Indian journal of veterinary science and animal husbandry - Volume 14,
Year: 1944
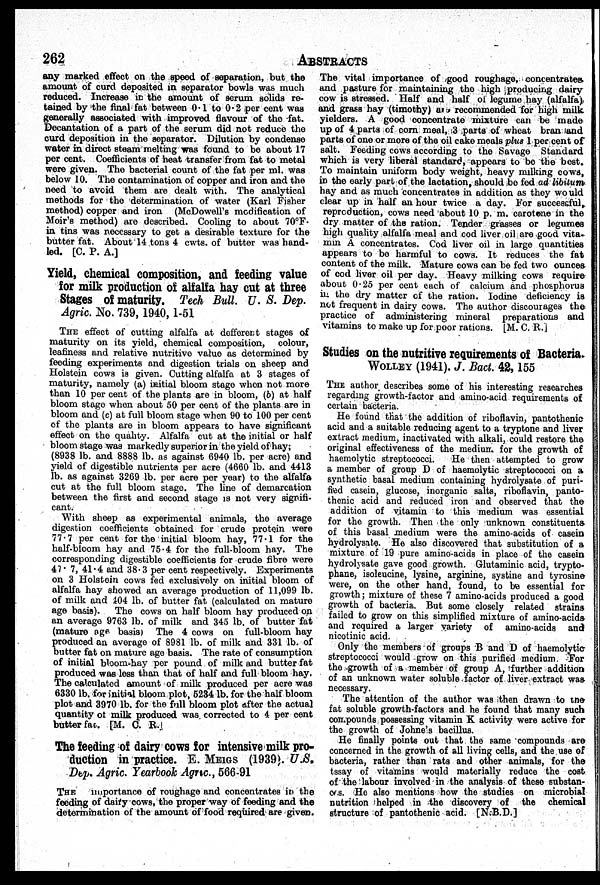
262
ABSTRACTS
any marked effect on the speed of separation, but the
amount of curd deposited in separator bowls was much
reduced. Increase in the amount of serum solids re-
tained by the final fat between 0.1 to 0.2 per cent was
generally associated with improved flavour of the fat.
Decantation of a part of the serum did not reduce the
curd deposition in the separator. Dilution by condense
water in direct steam melting was found to be about 17
per cent. Coefficients of heat transfer from fat to metal
were given. The bacterial count of the fat per ml. was
below 10. The contamination of copper and iron and the
need to avoid them are dealt with. The analytical
methods for the determination of water (Karl Fisher
method) copper and iron (McDowell's modification of
Moir's method) are described. Cooling to about 70°F.
in tins was necessary to get a desirable texture for the
butter fat. About 14 tons 4 cwts. of butter was hand¬
led. [C. P. A.]
Yield, chemical composition, and feeding value
for milk production of alfalfa hay cut at three
Stages of maturity. Tech Bull. U. S. Dep.
Agric. No. 739, 1940, 1-51
THE effect of cutting alfalfa at defferent stages of
maturity on its yield, chemical composition, colour,
leafiness and relative nutritive value as determined by
feeding experiments and digestion trials on sheep and
Holstein cows is given. Cutting alfalfa at 3 stages of
maturity, namely (a) initial bloom stage when not more
than 10 per cent of the plants are in bloom, (b) at half
bloom stage when about 50 per cent of the plants are in
bloom and (c) at full bloom stage when 90 to 100 per cent
of the plants are in bloom appears to have significant
effect on the quality. Alfalfa cut at the initial or half
bloom stage was markedly superior in the yield of hay;
(8938 lb. and 8888 lb. as against 6940 lb. per acre) and
yield of digestible nutrients per acre (4660 lb. and 4413
lb. as against 3269 lb. per acre per year) to the alfalfa
cut at the full bloom stage. The line of demarcation
between the first and second stage is not very signifi-
cant.
With sheep as experimental animals, the average
digestion coefficients obtained for crude protein were
77.7 per cent for the initial bloom hay, 77.1 for the
half-bloom hay and 75.4 for the full-bloom hay. The
corresponding digestible coefficients for crude fibre were
47.7, 41.4 and 38.3 per cent respectively. Experiments
on 3 Holstein cows fed exclusively on initial bloom of
alfalfa hay showed an average production of 11,099 lb.
of milk and 404 lb. of butter fat (calculated on mature
age basis). The cows on half bloom hay produced on
an average 9763 lb. of milk and 345 lb. of butter fat
(mature age basis) The 4 cows on full-bloom hay
produced an average of 8981 lb. of milk and 331 lb. of
butter fat on mature age basis. The rate of consumption
of initial bloom-hay per pound of milk and butter fat
produced was less than that of half and full bloom hay.
The calculated amount of milk produced per acre was
6330 lb. for initial bloom plot, 5234 lb. for the half bloom
plot and 3970 lb. for the full bloom plot after the actual
quantity of milk produced was corrected to 4 per cent
butter fac. [M. C. R.
The feeding of dairy cows for intensive milk pro-
duction in practice. E. MEIGS (1939). U.S.
Dep. Agric. Yearbook Agric., 566-91
THE importance of roughage and concentrates in the
feeding of dairy cows, the proper way of feeding and the
determination of the amount of food required are given.
The vital importance of good roughage, concentrates
and pasture for maintaining the high producing dairy
cow is stressed. Half and half of legume hay (alfalfa)
and grass hay (timothy) are recommended for high milk
yielders. A good concentrate mixture can be made
up of 4 parts of corn meal, 3 parts of wheat bran land
parts of one or more of the oil cake meals plus 1 per cent of
salt. Feeding cows according to the Savage Standard
which is very liberal standard, appears to be the best.
To maintain uniform body weight, heavy milking cows,
in the early part of the lactation, should be fed ad libitum
hay and as much concentrates in addition as they would
clear up in half an hour twice a day. For successful,
reproduction, cows need about 10 p. m. carotene in the
dry matter of the ration. Tender grasses or legumes
high quality alfalfa meal and cod liver oil are good vita-
min A concentrates. Cod liver oil in large quantities
appears to be harmful to cows. It reduces the fat
content of the milk. Mature cows can be fed two ounces
of cod liver oil per day. Heavy milking cows require
about 0.25 per cent each of calcium and phosphorus
in the dry matter of the ration. Iodine deficiency is
not frequent in dairy cows. The author discourages the
practice of administering mineral preparations and
vitamins to make up for poor rations. [M. C. R.]
Studies on the nutritive requirements of Bacteria.
WOLLEY (1941). J. Bact. 42, 155
THE author describes some of his interesting researches
regarding growth-factor and amino-acid requirements of
certain bacteria.
He found that the addition of riboflavin, pantothenic
acid and a suitable reducing agent to a tryptone and liver
extract medium, inactivated with alkali, could restore the
original effectiveness of the medium for the growth of
haemolytic streptococci.
He then attempted to grow
a member of group D of haemolytic streptococci on a
synthetic basal medium containing hydrolysate of puri-
fied casein, glucose, inorganic salts, riboflavin, panto-
thenic acid and reduced iron and observed that the
addition of vitamin to this medium was essential
for the growth. Then the only unknown constituents
of this basal medium were the amino-acids of casein
hydrolysate. He also discovered that substitution of a
mixture of 19 pure amino-acids in place of the casein
hydrolysate gave good growth. Glutaminic acid, trypto-
phane, isoleucine, lysine, arginine, systine and tyrosine
were, on the other hand, found, to be essential for
growth; mixture of these 7 amino-acids produced a good
growth of bacteria. But some closely related strains
failed to grow on this simplified mixture of amino-acids
and required a larger variety of amino-acids and
nicotinic acid.
Only the members of groups B and D of haemolytic
streptococci would grow on this purified medium. For
the growth of a member of group A, further addition
of an unknown water soluble factor of liver extract was
necessary.
The attention of the author was then drawn to the
fat soluble growth-factors and he found that many such
compounds possessing vitamin K activity were active for
the growth of Johne's bacillus.
He finally points out that the same compounds are
concerned in the growth of all living cells, and the use of
bacteria, rather than rats and other animals, for the
tssay of vitamins would materially reduce the cost
of the labour involved in the analysis of these substan-
ces. He also mentions how the studies on microbial
nutrition helped in the discovery of the chemical
structure of pantothenic acid. [N.B.D.]